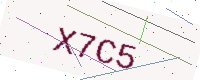
Text: X7C5